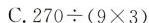
C.$$2 7 0 \div ( 9 \times 3 )$$